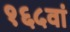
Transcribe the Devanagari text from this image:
१६५वां